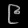
Digit: ၉